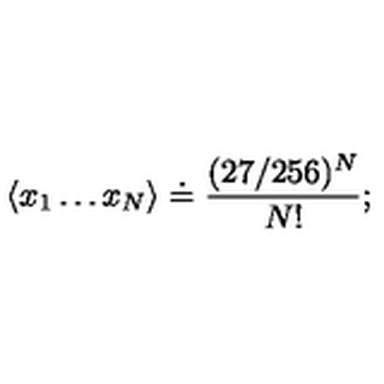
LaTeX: \langle x _ { 1 } \dots x _ { N } \rangle \doteq \frac { ( 2 7 / 2 5 6 ) ^ { N } } { N ! } ;